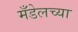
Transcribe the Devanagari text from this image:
मँडेलच्या